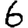
Digit: 6